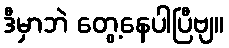
ဒီမှာဘဲ တွေ့နေပါပြီဗျ။